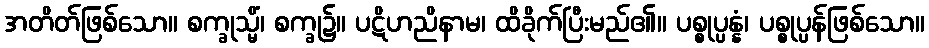
အတိတ်ဖြစ်သော။ စက္ခုသ္မိံ၊ စက္ခု၌။ ပဋိဟညိနာမ၊ ထိခိုက်ပြီးမည်၏။ ပစ္စုပ္ပန္နံ၊ ပစ္စုပ္ပန်ဖြစ်သော။